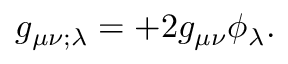
g _ { \mu \nu ; \lambda } = + 2 g _ { \mu \nu } \phi _ { \lambda } .